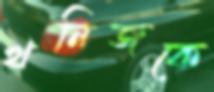
খনিজকে